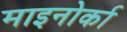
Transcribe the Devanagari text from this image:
माइनोर्का